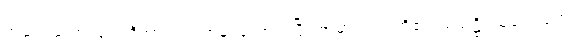
အချင်းယောကျ်ားတို့အား။ “သာဓု၊ ကောင်းပြီ။ အမှာကံ၊ ငါတို့၏။ သေဋ္ဌိ၊ သူဌေးသည်။